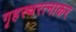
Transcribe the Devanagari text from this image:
गृहस्थरत्नाकर